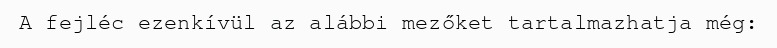
A fejléc ezenkívül az alábbi mezőket tartalmazhatja még: